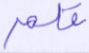
قلم